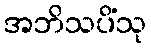
အဘိသပိံသု